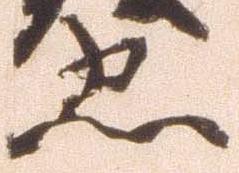
忠